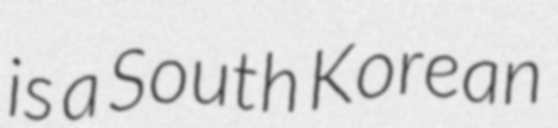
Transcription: is a South Korean